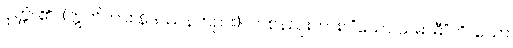
ဝုတ္တံ၊ ၏။ (ဣတိကား နိဒဿနတည်း)။ တစ်နည်းကား။ “သော သမာဓီ”တိ၊ သော